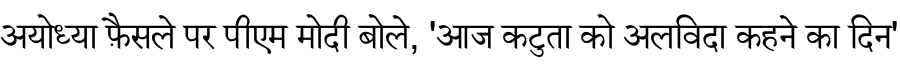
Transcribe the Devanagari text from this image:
अयोध्या फ़ैसले पर पीएम मोदी बोले, 'आज कटुता को अलविदा कहने का दिन'